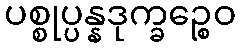
ပစ္စုပ္ပန္နဒုက္ခဉ္စေဝ